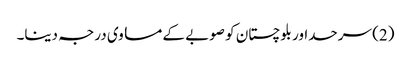
(2) سرحداور بلوچستان کو صوبے کے مساوی درجہ دینا۔